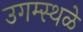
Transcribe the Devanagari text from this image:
उगम्स्थळे